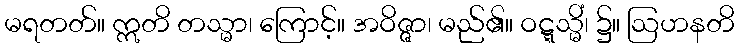
မရတတ်။ ဣတိ တသ္မာ၊ ကြောင့်။ အဝိဇ္ဇာ၊ မည်၏။ ဝဋ္ဋသ္မိံ၊ ၌။ ဩဟနတိ